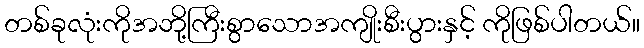
တစ်ခုလုံးကိုအဘို့ကြီးစွာသောအကျိုးစီးပွားနှင့် ကိုဖြစ်ပါတယ်။